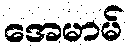
အေမာမ်